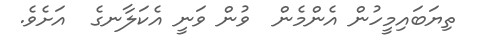
ތިޔަބައިމީހުން އެންމެން  ވުން ވަނީ އެކަލާނގެ  އަށެވެ.